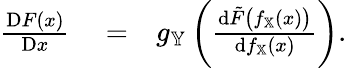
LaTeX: \begin{array}{rlr}{\frac{\mathrm{D}F(x)}{\mathrm{D}x}}&{{}=}&{g_{\mathbb{Y}}\left(\frac{\mathrm{d}\tilde{F}\big(f_{\mathbb{X}}(x)\big)}{\mathrm{d}f_{\mathbb{X}}(x)}\right).}\end{array}